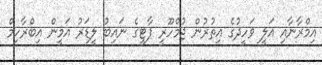
އިމްރާނާއި އަލީ ވަހީދުގެ އިތުރުން ޖުމްހޫރީ ޕާޓީގެ ނައިބު ލީޑަރު އަމީން އިބްރާހިމް